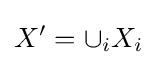
X'=\cup _{i}X_{i}